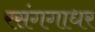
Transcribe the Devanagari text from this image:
रसंगगाधर